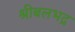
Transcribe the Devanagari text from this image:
श्रीबलभद्र